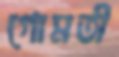
গোমতী